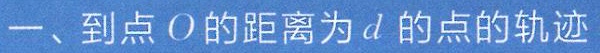
一、到点\(O\)的距离为\(d\)的点的轨迹